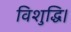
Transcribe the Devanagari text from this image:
विशुद्धि।